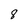
Character: 8